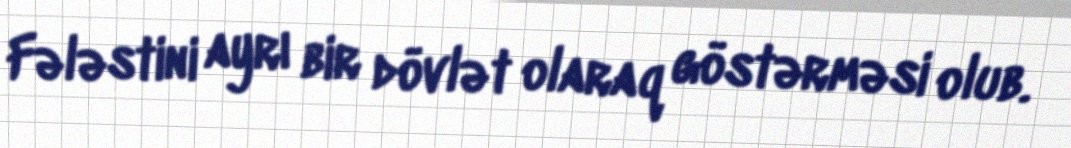
Fələstini ayrı bir dövlət olaraq göstərməsi olub.